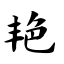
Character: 艳